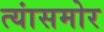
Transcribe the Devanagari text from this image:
त्यांसमोर